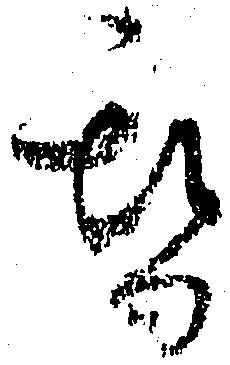
替